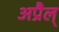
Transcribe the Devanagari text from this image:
अप्रैल्